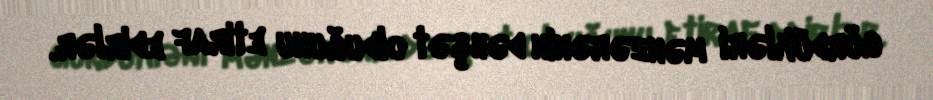
gördükləri mənzərənin dəhşət olduğunu etiraf edirlər.